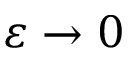
\varepsilon \rightarrow 0